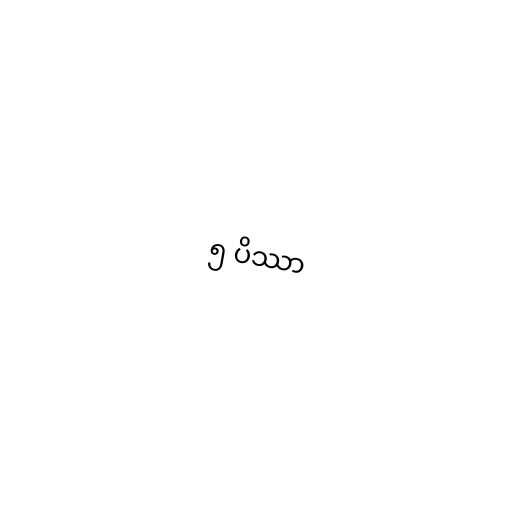
၅ ပိဿာ